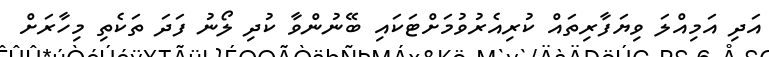
އަދި އަމިއްލަ ވިޔަފާރިތައް ކުރިއެރުވުމަށްޓަކައި ބޭނުންވާ ކުދި ލޯނު ފަދަ ތަކެތި މިހާރަށް